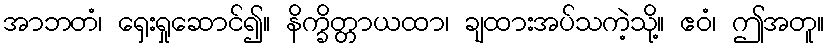
အာဘတံ၊ ရှေးရှုဆောင်၍။ နိက္ခိတ္တာယထာ၊ ချထားအပ်သကဲ့သို့။ ဧဝံ၊ ဤအတူ။